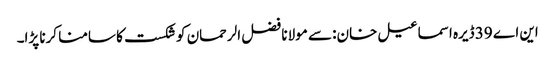
این اے 39 ڈیرہ اسماعیل خان: سے مولانا فضل الرحمان کو شکست کا سامنا کرنا پڑا۔